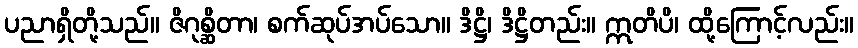
ပညာရှိတို့သည်။ ဇိဂုစ္ဆိတာ၊ စက်ဆုပ်အပ်သော။ ဒိဋ္ဌိ၊ ဒိဋ္ဌိတည်း။ ဣတိပိ၊ ထို့ကြောင့်လည်း။